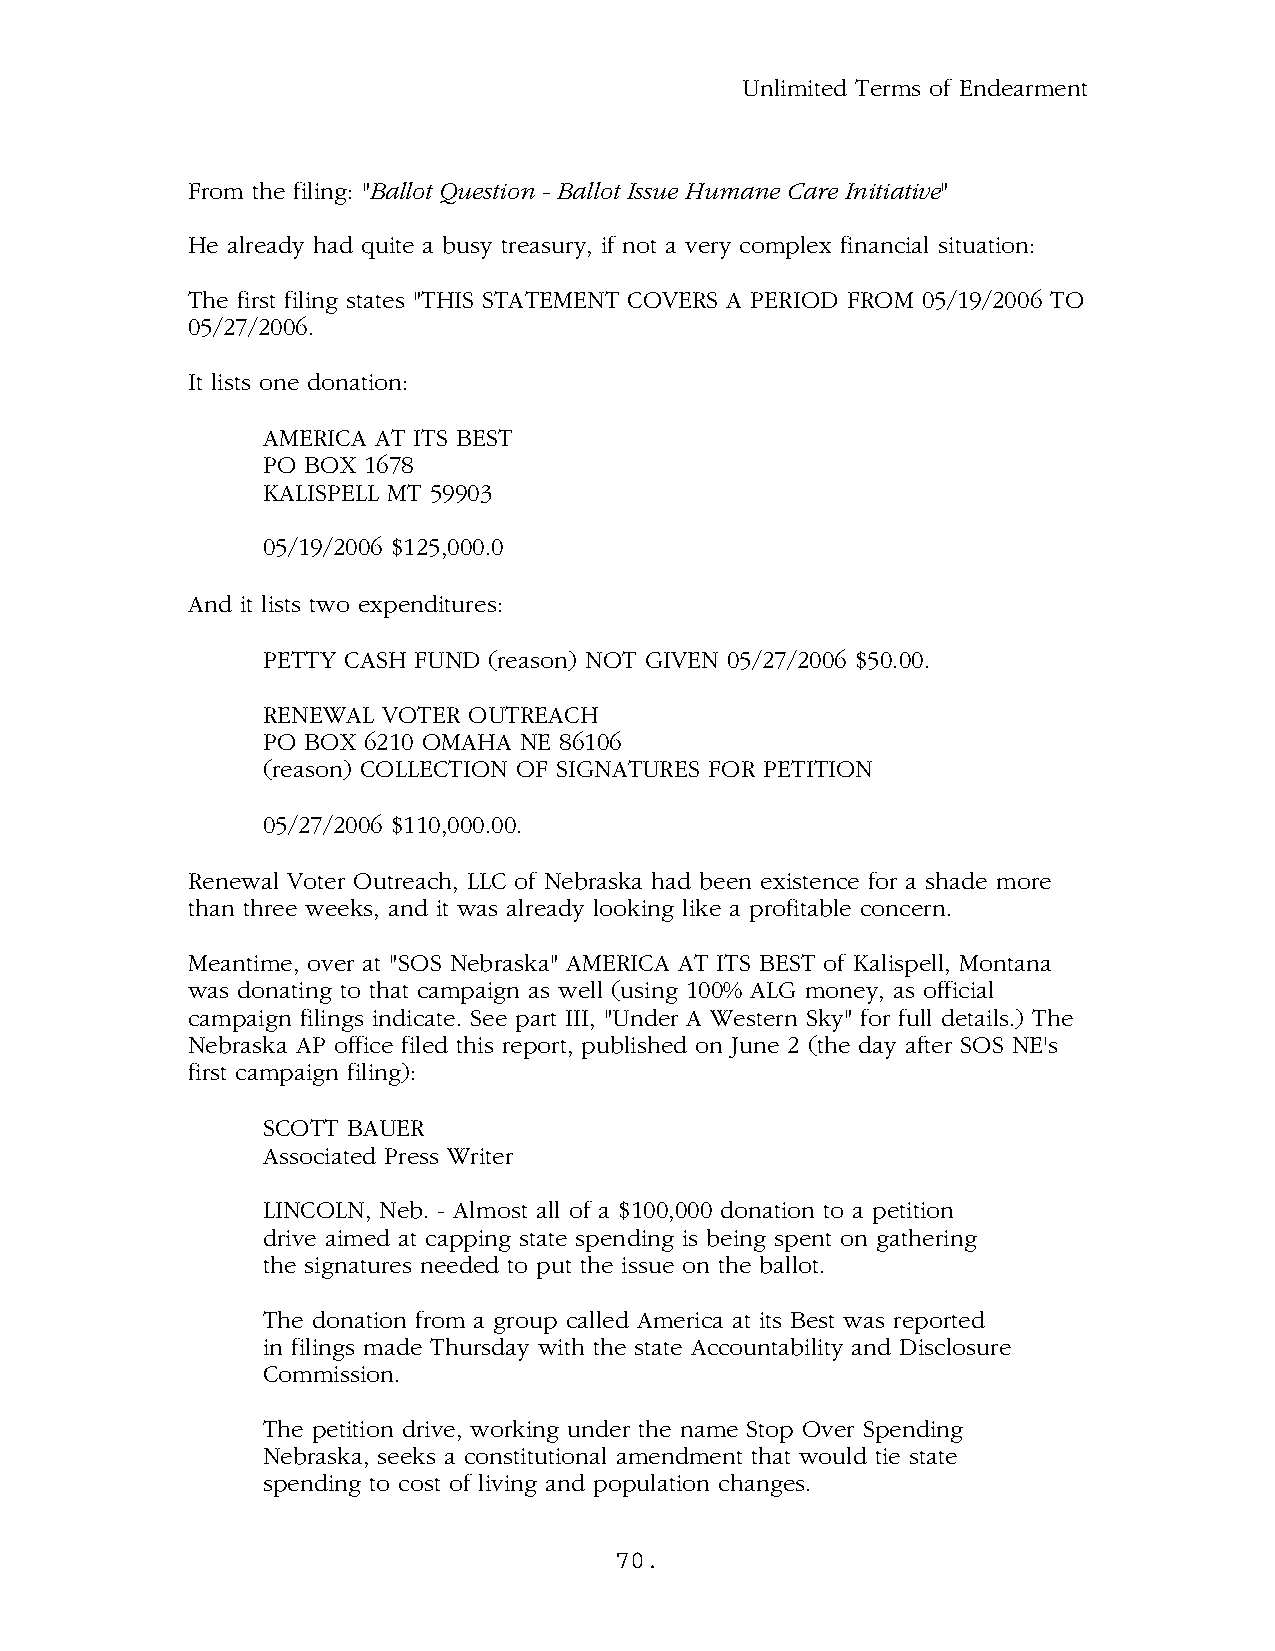
Unlimited Terms of Endearment
 From the filing: "Ballot Question - Ballot Issue Humane Care Initiative"
 He already had quite a busy treasury, if not a very complex financial situation:
 The first filing states "THIS STATEMENT COVERS A PERIOD FROM 05/19/2006 TO
 05/27/2006.
 It lists one donation:
 AMERICA AT ITS BEST
 PO BOX 1678
 KALISPELL MT 59903
 05/19/2006 $125,000.0
 And it lists two expenditures:
 PETTY CASH FUND (reason) NOT GIVEN 05/27/2006 $50.00.
 RENEWAL VOTER OUTREACH
 PO BOX 6210 OMAHA NE 86106
 (reason) COLLECTION OF SIGNATURES FOR PETITION
 05/27/2006 $110,000.00.
 Renewal Voter Outreach, LLC of Nebraska had been existence for a shade more
 than three weeks, and it was already looking like a profitable concern.
 Meantime, over at "SOS Nebraska" AMERICA AT ITS BEST of Kalispell, Montana
 was donating to that campaign as well (using 100% ALG money, as official
 campaign filings indicate. See part III, "Under A Western Sky" for full details.) The
 Nebraska AP office filed this report, published on June 2 (the day after SOS NE's
 first campaign filing):
 SCOTT BAUER
 Associated Press Writer
 LINCOLN, Neb. - Almost all of a $100,000 donation to a petition
 drive aimed at capping state spending is being spent on gathering
 the signatures needed to put the issue on the ballot.
 The donation from a group called America at its Best was reported
 in filings made Thursday with the state Accountability and Disclosure
 Commission.
 The petition drive, working under the name Stop Over Spending
 Nebraska, seeks a constitutional amendment that would tie state
 spending to cost of living and population changes.
 70.